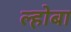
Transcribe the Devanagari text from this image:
ल्होबा